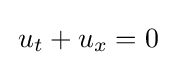
\,u_{t}+u_{x}=0